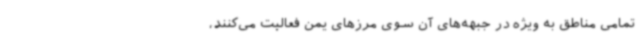
تمامی مناطق به ویژه در جبهه‌های آن سوی مرزهای یمن فعالیت می‌کنند،